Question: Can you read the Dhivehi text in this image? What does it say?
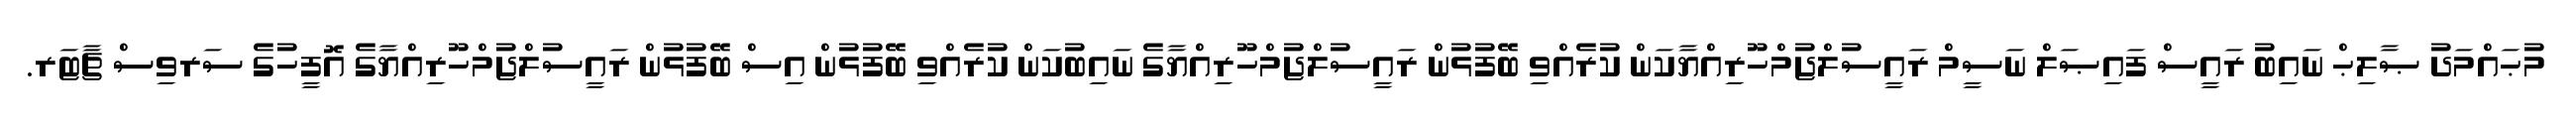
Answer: މުޙައްމަދު ޞާލިޙް ނައިބު ރައީސް ފައިޞަލް ނަސީމް ރައީސުލްޖުމްހޫރިއްޔާކަން ކުރެއްވި ބޭފުޅުން ރައީސުލްޖުމްހޫރިއްޔާގެ ނައިބުކަން ކުރެއްވި ބޭފުޅުން އިސް ބޭފުޅުން ރައީސުލްޖުމްހޫރިއްޔާގެ އޮފީހުގެ ސަރވިސް ޗާޓަރ.